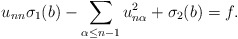
\begin{align*}u_{nn} \sigma_1 (b) - \sum_{\alpha \leq n-1} u_{n \alpha}^2 + \sigma_2 (b) = f.\end{align*}